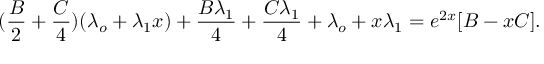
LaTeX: ( \frac { B } { 2 } + \frac { C } { 4 } ) ( \lambda _ { o } + \lambda _ { 1 } x ) + \frac { B \lambda _ { 1 } } { 4 } + \frac { C \lambda _ { 1 } } { 4 } + \lambda _ { o } + x \lambda _ { 1 } = e ^ { 2 x } [ B - x C ] .